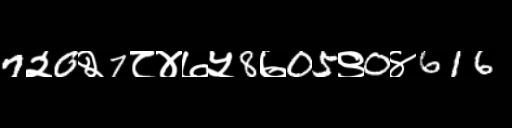
Text: 7२0२7८४७५8७05९0४616